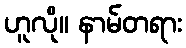
ဟူလို။ နာမ်တရား